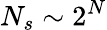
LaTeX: N_{s}\sim 2^{N}